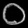
Digit: ၀